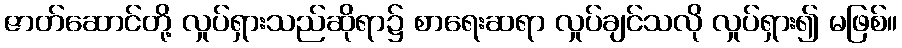
ဇာတ်ဆောင်တို့ လှုပ်ရှားသည်ဆိုရာ၌ စာရေးဆရာ လှုပ်ချင်သလို လှုပ်ရှား၍ မဖြစ်။